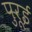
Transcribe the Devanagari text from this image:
पुरूई